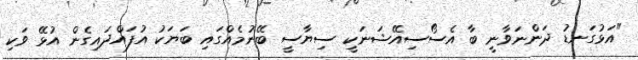
"އަޅުގަނޑު ދަންނަވާނީ ބާ އެސޯސިއޭޝަނަކީ ސިޔާސީ ބޭނުމެއްގައި ބަޔަކު އުފައްދައިގެން އުޅޭ ވަކި